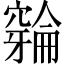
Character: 𫁛